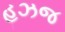
હઝજ